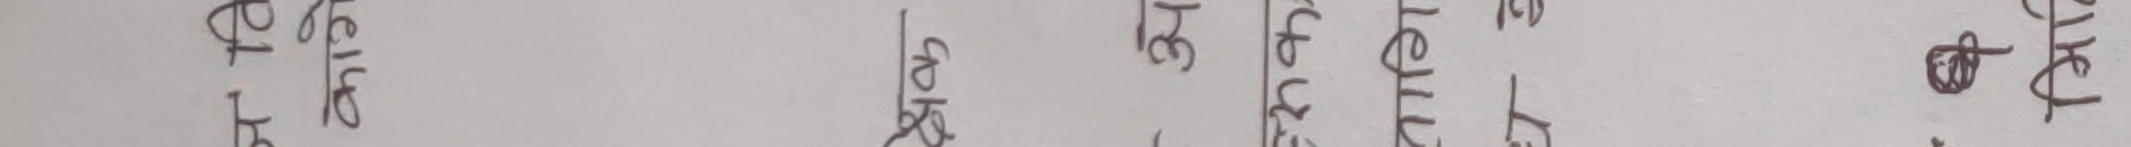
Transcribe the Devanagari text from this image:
मार्फत आइ.डी. प्राप्त